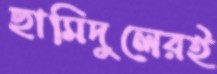
ছামিদুলেরই